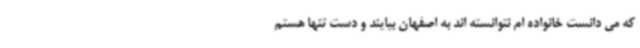
که می دانست خانواده ام نتوانسته اند به اصفهان بیایند و دست تنها هستم